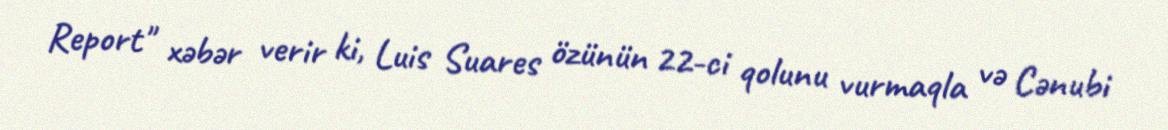
Report" xəbər verir ki, Luis Suares özünün 22-ci qolunu vurmaqla və Cənubi